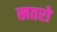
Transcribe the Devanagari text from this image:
खतरो